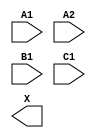
module sky130_fd_sc_hs__o211a (
    //# {{data|Data Signals}}
    input  A1,
    input  A2,
    input  B1,
    input  C1,
    output X
);

    // Voltage supply signals
    supply1 VPWR;
    supply0 VGND;

endmodule